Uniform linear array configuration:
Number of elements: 12
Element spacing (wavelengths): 0.5
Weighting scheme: exponential
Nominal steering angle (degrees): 45
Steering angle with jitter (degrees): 43.239
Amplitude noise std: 0.05
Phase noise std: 0.05

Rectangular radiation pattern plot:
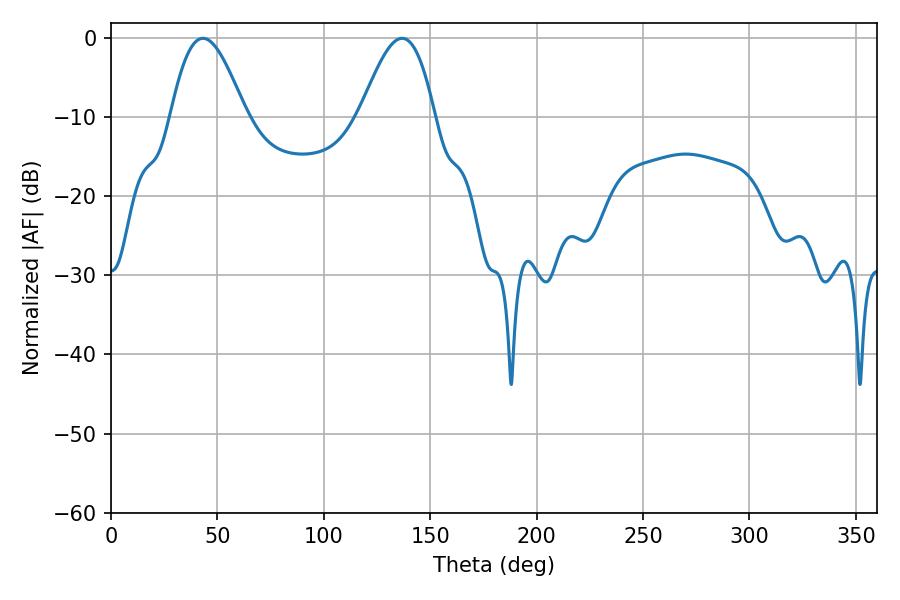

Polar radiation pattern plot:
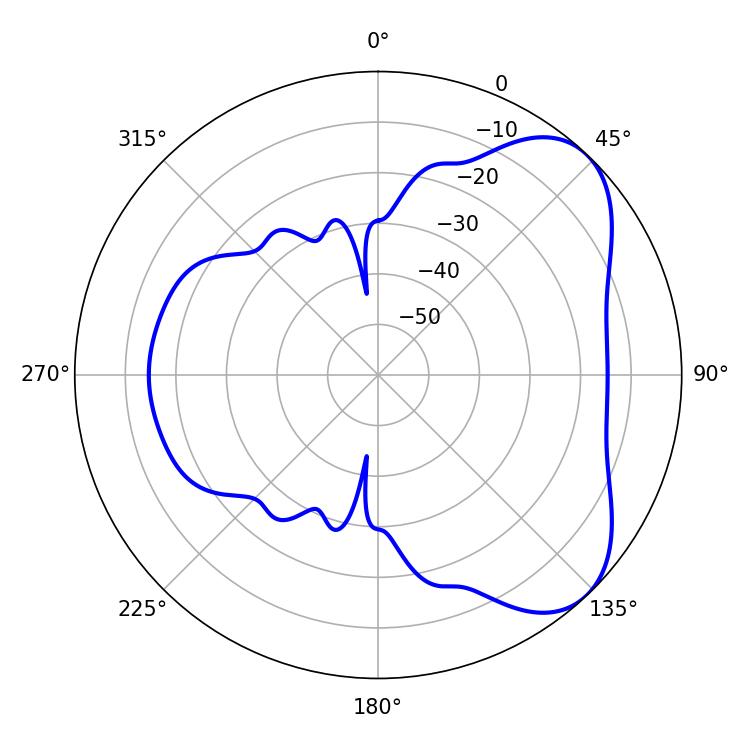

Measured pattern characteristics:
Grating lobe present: FALSE
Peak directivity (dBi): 5.941
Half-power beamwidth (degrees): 18.9
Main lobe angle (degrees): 43.2